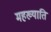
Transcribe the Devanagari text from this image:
महख्याति